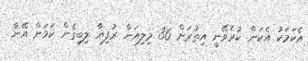
އެކަމަކު އެކަން ކުރެވޭނީ އިތުރަށް 36 މިލިއަން ރުފިޔާ ލިބިގެން ކަމަށް އޭނާ